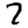
Digit: 7